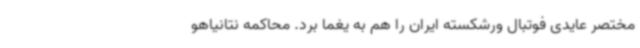
مختصر عایدی فوتبال ورشکسته ایران را هم به یغما برد. محاکمه نتانیاهو